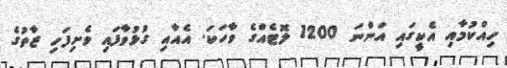
ހިއްކުމާއި އެކީގައި އަންނަ 1200 ލޮޓެއްގެ ވާހަކަ. އެއާއި ގުޅުވާފައި ވެށިފަހި ޒާތުގެ